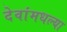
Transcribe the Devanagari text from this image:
देवांमधल्या